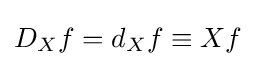
D_{X}f=d_{X}f\equiv Xf